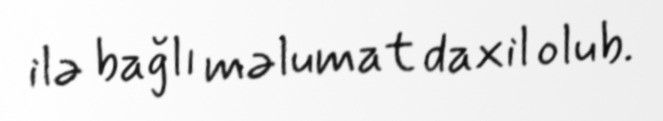
ilə bağlı məlumat daxil olub.